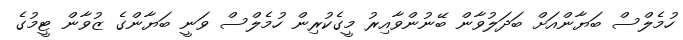
ހުމެލްސް ބަޔާންއަށް ބަދަލުވާން ބޭނުންވާއިރު މީގެކުރިން ހުމެލްސް ވަނީ ބަޔާންގެ ޒުވާން ޓީމުގެ